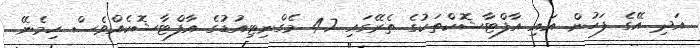
އަދި އޭގެ ފަހުން އައި އާފްޓާޝޮކްތަކުގެ ތެރޭގައި 4.7 މެގްނިޓިއުޑުގެ އާފްޓާޝޮކެއްވެސް ހިމެނޭ